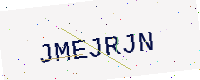
Text: JMEJRJN